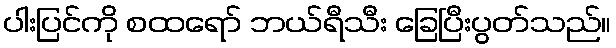
ပါးပြင်ကို စထရော် ဘယ်ရီသီး ခြေပြီးပွတ်သည်။